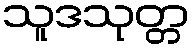
သူဒသုတ္တ